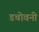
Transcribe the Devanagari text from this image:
डचोवनी